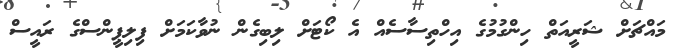
މައްޗަށް ޝަރީއަތް ހިންގުމުގެ އިހްތިސާސެއް އެ ކޯޓަށް ލިބިގެން ނުވާކަމަށް ފިލިޕީންސްގެ ރައީސް